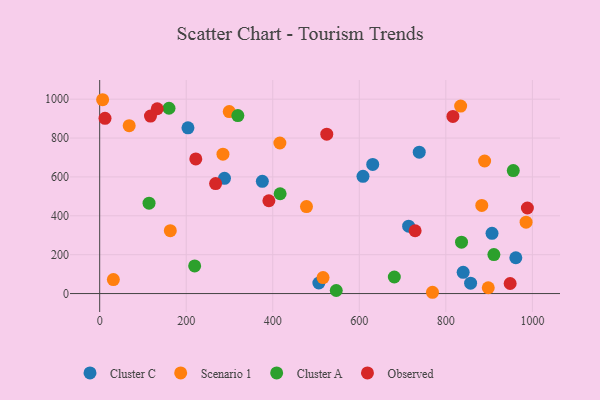
{"axis": {"x": "Distance", "y": "Yield"}, "legend": ["Cluster A", "Cluster C", "Observed", "Scenario 1"], "data": [{"x": "857.2", "y": 53.4, "type": "Cluster C"}, {"x": "506.5", "y": 54.3, "type": "Cluster C"}, {"x": "961.7", "y": 184.2, "type": "Cluster C"}, {"x": "375.9", "y": 577.2, "type": "Cluster C"}, {"x": "288.4", "y": 592.7, "type": "Cluster C"}, {"x": "631.0", "y": 664.4, "type": "Cluster C"}, {"x": "714.0", "y": 346.8, "type": "Cluster C"}, {"x": "906.7", "y": 310.1, "type": "Cluster C"}, {"x": "608.5", "y": 603.3, "type": "Cluster C"}, {"x": "738.5", "y": 727.2, "type": "Cluster C"}, {"x": "840.0", "y": 109.1, "type": "Cluster C"}, {"x": "204.0", "y": 852.5, "type": "Cluster C"}, {"x": "31.6", "y": 71.8, "type": "Scenario 1"}, {"x": "299.4", "y": 936.2, "type": "Scenario 1"}, {"x": "889.6", "y": 681.8, "type": "Scenario 1"}, {"x": "6.8", "y": 997.1, "type": "Scenario 1"}, {"x": "834.2", "y": 964.3, "type": "Scenario 1"}, {"x": "898.0", "y": 29.8, "type": "Scenario 1"}, {"x": "68.2", "y": 863.5, "type": "Scenario 1"}, {"x": "163.2", "y": 323.7, "type": "Scenario 1"}, {"x": "416.4", "y": 774.5, "type": "Scenario 1"}, {"x": "516.2", "y": 82.2, "type": "Scenario 1"}, {"x": "769.1", "y": 6.6, "type": "Scenario 1"}, {"x": "477.9", "y": 447.6, "type": "Scenario 1"}, {"x": "883.0", "y": 453.4, "type": "Scenario 1"}, {"x": "985.4", "y": 367.3, "type": "Scenario 1"}, {"x": "284.9", "y": 717.1, "type": "Scenario 1"}, {"x": "319.3", "y": 915.7, "type": "Cluster A"}, {"x": "114.1", "y": 464.7, "type": "Cluster A"}, {"x": "417.0", "y": 513.4, "type": "Cluster A"}, {"x": "911.0", "y": 200.5, "type": "Cluster A"}, {"x": "836.2", "y": 264.2, "type": "Cluster A"}, {"x": "160.2", "y": 953.2, "type": "Cluster A"}, {"x": "680.9", "y": 85.1, "type": "Cluster A"}, {"x": "546.7", "y": 15.7, "type": "Cluster A"}, {"x": "955.8", "y": 632.4, "type": "Cluster A"}, {"x": "219.5", "y": 142.0, "type": "Cluster A"}, {"x": "948.6", "y": 51.7, "type": "Observed"}, {"x": "524.8", "y": 819.9, "type": "Observed"}, {"x": "267.9", "y": 565.7, "type": "Observed"}, {"x": "391.0", "y": 477.4, "type": "Observed"}, {"x": "222.1", "y": 692.5, "type": "Observed"}, {"x": "133.0", "y": 950.6, "type": "Observed"}, {"x": "988.4", "y": 440.2, "type": "Observed"}, {"x": "729.0", "y": 323.0, "type": "Observed"}, {"x": "117.4", "y": 913.0, "type": "Observed"}, {"x": "12.3", "y": 901.3, "type": "Observed"}, {"x": "816.3", "y": 911.0, "type": "Observed"}]}